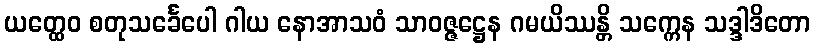
ယတ္ထေဝ စတုသင်္ခေပေါ ဂါယ နောအာသဝံ သာဝဇ္ဇဋ္ဌေန ဂမယိဿန္တိ သက္ကေန သဒ္ဒါဒိတော